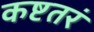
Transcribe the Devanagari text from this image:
कष्टतरं